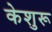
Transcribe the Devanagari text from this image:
केशुरू